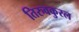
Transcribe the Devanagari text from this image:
तिरुवकुरल